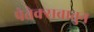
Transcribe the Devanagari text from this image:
पेतेक्सबातुन